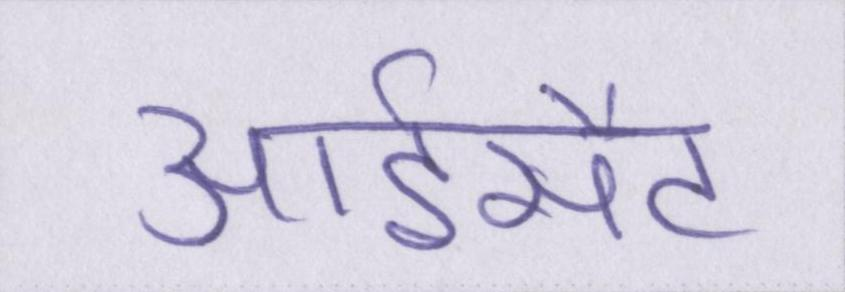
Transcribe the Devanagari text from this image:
आईसैट